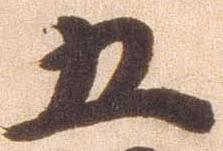
五